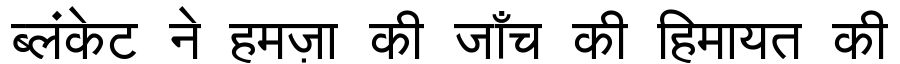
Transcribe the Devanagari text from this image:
ब्लंकेट ने हमज़ा की जाँच की हिमायत की